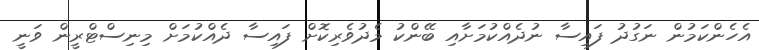
އެހެންކަމުން ނަގުދު ފައިސާ ނުދެއްކުމަށާއި ބޭންކު މެދުވެރިކޮށް ފައިސާ ދެއްކުމަށް މިނިސްޓްރީން ވަނީ